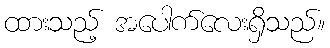
ထားသည့် အပေါက်လေးရှိသည်။